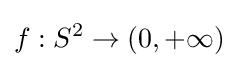
f:S^{2}\to (0,+\infty )